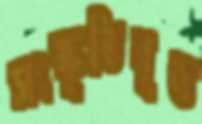
সংস্কৃতিবৃত্ত